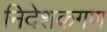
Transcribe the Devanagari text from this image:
निदेशकगण